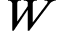
W